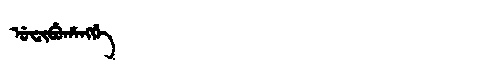
Manchu: ᡠᠸᡳᠪᡠᡥᠠᠩᡤᡝ
Romanization: UFIBUHANGGE